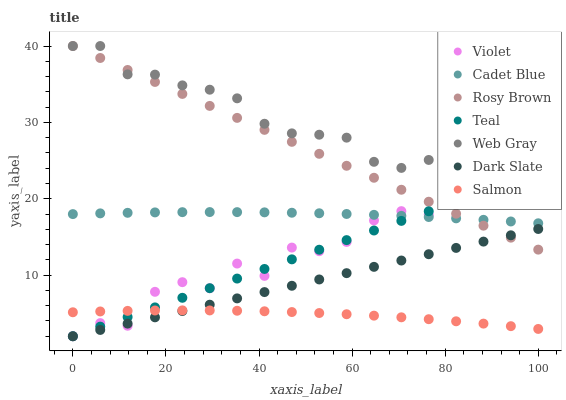
| xaxis_label | Violet | Cadet Blue | Rosy Brown | Teal | Web Gray | Dark Slate | Salmon |
 | --- | --- | --- | --- | --- | --- | --- | --- |
 | 0 | 2 | 18 | 40 | 2 | 40 | 2 | 5.14 |
 | 5.88 | 3.72 | 18.1 | 38.4 | 3.26 | 40 | 2.83 | 5.25 |
 | 11.8 | 3.37 | 18.2 | 36.9 | 4.52 | 36.3 | 3.65 | 5.32 |
 | 17.6 | 7.82 | 18.2 | 35.3 | 5.78 | 36.3 | 4.48 | 5.37 |
 | 23.5 | 9.08 | 18.2 | 33.7 | 7.03 | 34.8 | 5.3 | 5.39 |
 | 29.4 | 8.28 | 18.3 | 32.2 | 8.29 | 34.3 | 6.13 | 5.38 |
 | 35.3 | 11.5 | 18.3 | 30.6 | 9.55 | 33.2 | 6.96 | 5.34 |
 | 41.2 | 9.9 | 18.2 | 29 | 10.8 | 29.8 | 7.78 | 5.27 |
 | 47.1 | 13.6 | 18.2 | 27.5 | 12.1 | 28.6 | 8.61 | 5.17 |
 | 52.9 | 13.1 | 18.1 | 25.9 | 13.3 | 28.4 | 9.44 | 5.04 |
 | 58.8 | 14.4 | 18 | 24.3 | 14.6 | 28 | 10.3 | 4.88 |
 | 64.7 | 17.2 | 17.9 | 22.7 | 15.8 | 24.8 | 11.1 | 4.7 |
 | 70.6 | 18.4 | 17.8 | 21.2 | 17.1 | 24 | 11.9 | 4.48 |
 | 76.5 | 17.9 | 17.6 | 19.6 | 18.4 | 25.1 | 12.7 | 4.23 |
 | 82.4 | 21.9 | 17.4 | 18 | 19.6 | 22.1 | 13.6 | 3.96 |
 | 88.2 | 20.1 | 17.2 | 16.5 | 20.9 | 22.8 | 14.4 | 3.65 |
 | 94.1 | 22.6 | 17 | 14.9 | 22.1 | 20.6 | 15.2 | 3.32 |
 | 100 | 24.6 | 16.8 | 13.3 | 23.4 | 21.2 | 16 | 2.96 |